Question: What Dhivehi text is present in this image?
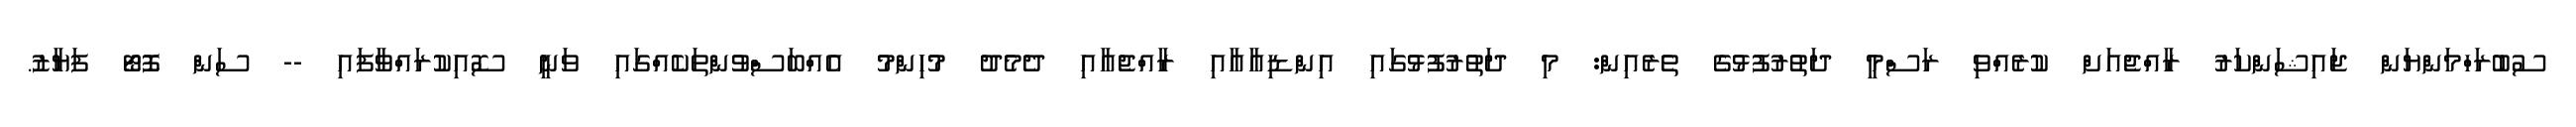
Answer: ސުބުރަހްމަންޔަން ޖައިޝަންކަރު ރާއްޖެއަށް ކުރެއްވި ރަސްމީ ދަތުރުފުޅުގެ ތެރެއިން: މި ދަތުރުފުޅުގައި އިންޑިއާއާއި ރާއްޖެއާއި ދެމެދު މުހިންމު އެއްބަސްވުންތަކެއްގައި ވަނީ ސޮއިކުރައްވާފައި -- ސަން ފޮޓޯ ފަޔާޒު.